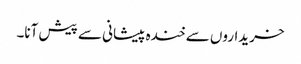
خریداروں سے خندہ پیشانی سے پیش آنا۔